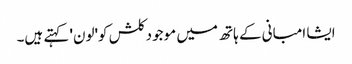
ایشا امبانی کے ہاتھ میں موجود کلش کو'لون' کہتے ہیں۔